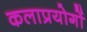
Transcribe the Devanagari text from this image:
कलाप्रयोगों